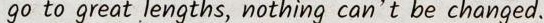
go to great lengths, nothing can't be changed.